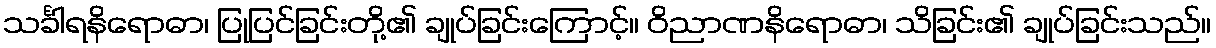
သင်္ခါရနိရောဓာ၊ ပြုပြင်ခြင်းတို့၏ ချုပ်ခြင်းကြောင့်။ ဝိညာဏနိရောဓာ၊ သိခြင်း၏ ချုပ်ခြင်းသည်။